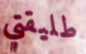
طليقتي